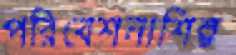
পরিবেশনাশিল্প